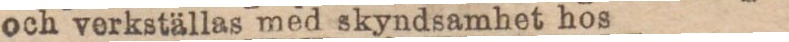
och verkställas med skyndsamhet hos